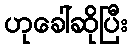
ဟုခေါ်ဆိုပြီး